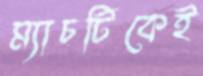
ম্যাচটিকেই